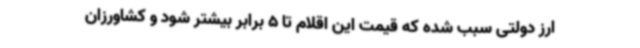
ارز دولتی سبب شده که قیمت این اقلام تا 5 برابر بیشتر شود و کشاورزان